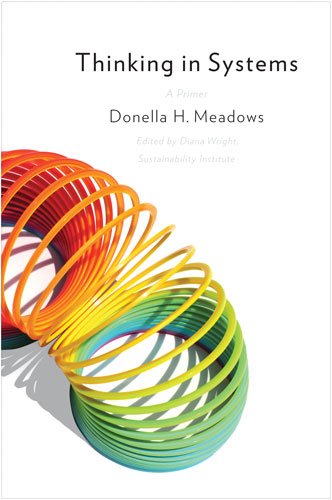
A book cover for Thinking in Systems: A Primer; Donella H. Meadows; Science & Math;